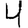
Digit: 4